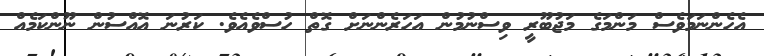
އެހެންނަމަވެސް މަންމަގެ މަޖުބޫރީ ވިސްނުމުން އަހަރެންނަށް ގޮތް ހުސްވެއެވެ. ކަރުނަ އޮއްސުން ނޫންކަމެއް